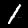
Label: 1